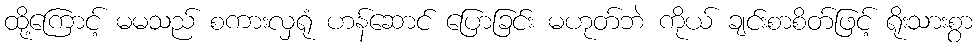
ထို့ကြောင့် မမသည် စကားလှရုံ ဟန်ဆောင် ပြောခြင်း မဟုတ်ဘဲ ကိုယ် ချင်းစာစိတ်ဖြင့် ရိုးသားစွာ